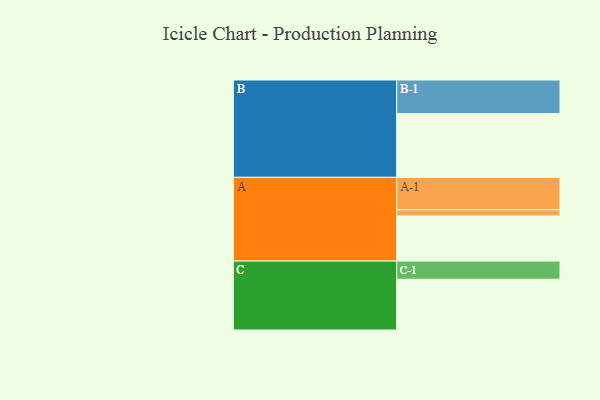
{"axis": {"x": "Segment", "y": "Value"}, "legend": ["", "A", "B", "C"], "data": [{"x": "A", "y": 365, "type": ""}, {"x": "B", "y": 516, "type": ""}, {"x": "C", "y": 411, "type": ""}, {"x": "A-1", "y": 263, "type": "A"}, {"x": "A-2", "y": 50, "type": "A"}, {"x": "B-1", "y": 272, "type": "B"}, {"x": "C-1", "y": 147, "type": "C"}]}